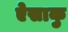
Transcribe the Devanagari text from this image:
ऐसाकु